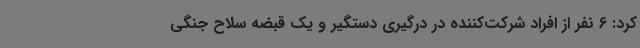
کرد: 6 نفر از افراد شرکت‌کننده در درگیری دستگیر و یک قبضه سلاح جنگی